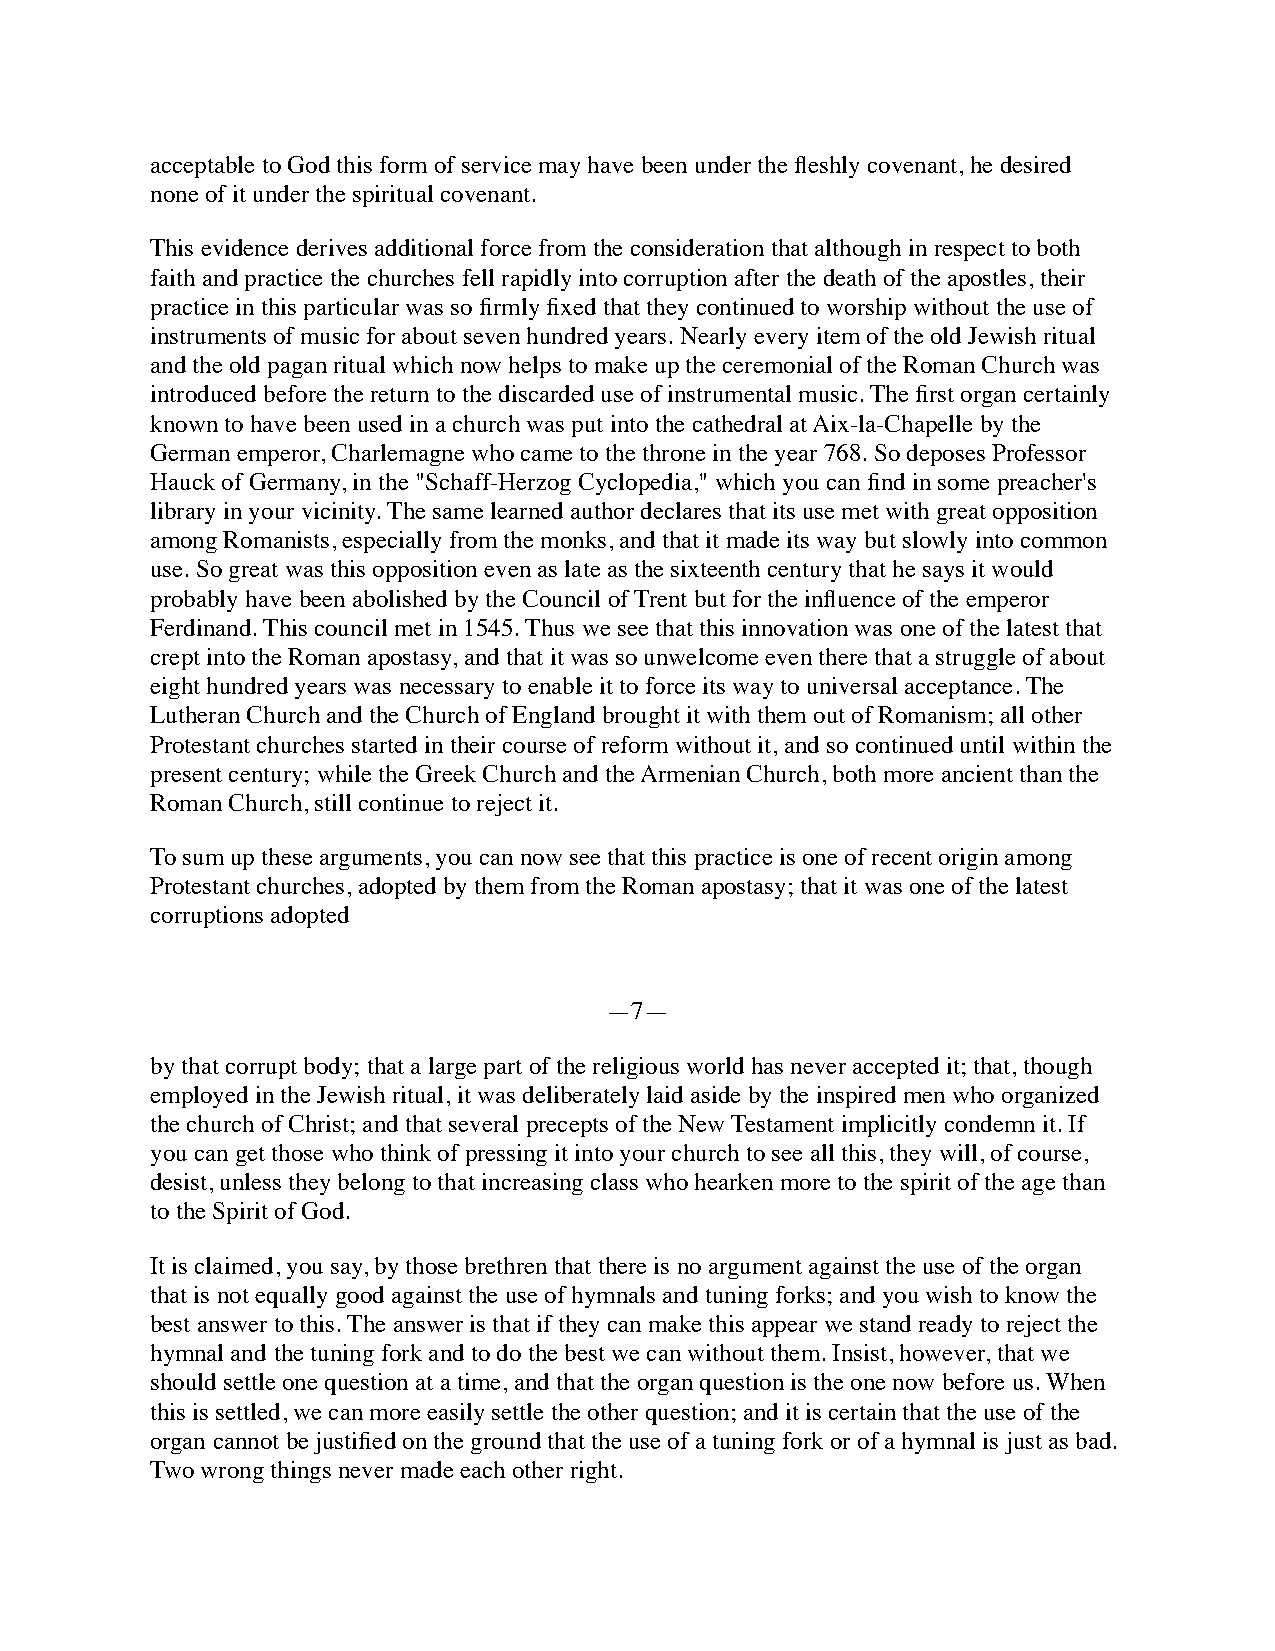
acceptable to God this form of service may have been under the fleshly covenant, he desired
 none of it under the spiritual covenant.
 This evidence derives additional force from the consideration that although in respect to both
 faith and practice the churches fell rapidly into corruption after the death of the apostles, their
 practice in this particular was so firmly fixed that they continued to worship without the use of
 instruments of music for about seven hundred years. Nearly every item of the old Jewish ritual
 and the old pagan ritual which now helps to make up the ceremonial of the Roman Church was
 introduced before the return to the discarded use of instrumental music. The first organ certainly
 known to have been used in a church was put into the cathedral at Aix-la-Chapelle by the
 German emperor, Charlemagne who came to the throne in the year 768. So deposes Professor
 Hauck of Germany, in the "Schaff-Herzog Cyclopedia," which you can find in some preacher's
 library in your vicinity. The same learned author declares that its use met with great opposition
 among Romanists, especially from the monks, and that it made its way but slowly into common
 use. So great was this opposition even as late as the sixteenth century that he says it would
 probably have been abolished by the Council of Trent but for the influence of the emperor
 Ferdinand. This council met in 1545. Thus we see that this innovation was one of the latest that
 crept into the Roman apostasy, and that it was so unwelcome even there that a struggle of about
 eight hundred years was necessary to enable it to force its way to universal acceptance. The
 Lutheran Church and the Church of England brought it with them out of Romanism; all other
 Protestant churches started in their course of reform without it, and so continued until within the
 present century; while the Greek Church and the Armenian Church, both more ancient than the
 Roman Church, still continue to reject it.
 To sum up these arguments, you can now see that this practice is one of recent origin among
 Protestant churches, adopted by them from the Roman apostasy; that it was one of the latest
 corruptions adopted
 —7—
 by that corrupt body; that a large part of the religious world has never accepted it; that, though
 employed in the Jewish ritual, it was deliberately laid aside by the inspired men who organized
 the church of Christ; and that several precepts of the New Testament implicitly condemn it. If
 you can get those who think of pressing it into your church to see all this, they will, of course,
 desist, unless they belong to that increasing class who hearken more to the spirit of the age than
 to the Spirit of God.
 It is claimed, you say, by those brethren that there is no argument against the use of the organ
 that is not equally good against the use of hymnals and tuning forks; and you wish to know the
 best answer to this. The answer is that if they can make this appear we stand ready to reject the
 hymnal and the tuning fork and to do the best we can without them. Insist, however, that we
 should settle one question at a time, and that the organ question is the one now before us. When
 this is settled, we can more easily settle the other question; and it is certain that the use of the
 organ cannot be justified on the ground that the use of a tuning fork or of a hymnal is just as bad.
 Two wrong things never made each other right.